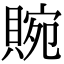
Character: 䝹